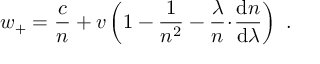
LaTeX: w _ { + } = { \frac { c } { n } } + v \left( 1 - { \frac { 1 } { n ^ { 2 } } } - { \frac { \lambda } { n } } \! \cdot \! { \frac { \mathrm { d } n } { \mathrm { d } \lambda } } \right) \ .